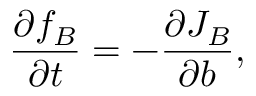
\frac { \partial f _ { B } } { \partial t } = - \frac { \partial J _ { B } } { \partial b } ,